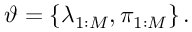
\vartheta = \left\{ \lambda _ { 1 : M } , \pi _ { 1 : M } \right\} .